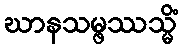
ဃာနသမ္ဖဿသ္မိံ